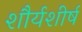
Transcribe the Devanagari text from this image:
शौर्यशीर्ष